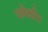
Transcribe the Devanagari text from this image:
कोल्लैर